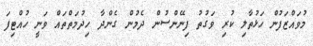
މުވައްޒަފުން ހަޅުތާލި ކުރި ވަގުތު ފިނޭންސުން ދެމުން ގެންދާ ހިދުމަތްތައް ވަނީ ހުއްޓިފަ